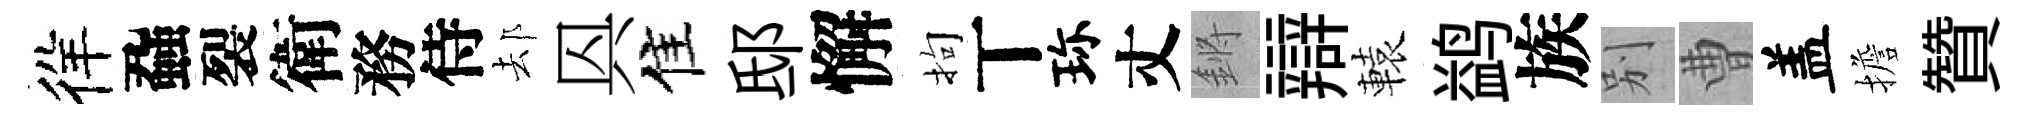
徉蝨裂衛務侍𨚫㒷佳邸懈拘丅珎丈鏘辯轅鹢族别曹盖擔贊